Vaccine operations Central Provinces 1886-1899 - 1886-1899
Year: 1886
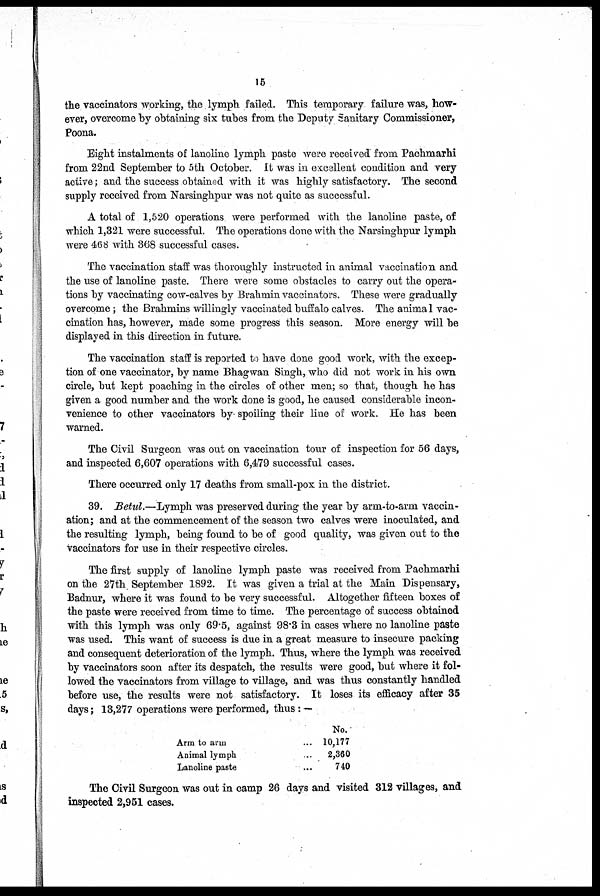
15
the vaccinators working, the lymph failed. This temporary failure was, how-
ever, overcome by obtaining six tubes from the Deputy Sanitary Commissioner,
Poona.
Eight instalments of lanoline lymph paste were received from Pachmarhi
from 22nd September to 5th October. It was in excellent condition and very
active; and the success obtained with it was highly satisfactory. The second
supply received from Narsinghpur was not quite as successful.
A total of 1,520 operations were performed with the lanoline paste, of
which 1,321 were successful. The operations done with the Narsinghpur lymph
were 468 with 368 successful cases.
The vaccination staff was thoroughly instructed in animal vaccination and
the use of lanoline paste. There were some obstacles to carry out the opera-
tions by vaccinating cow-calves by Brahmin vaccinators. These were gradually
overcome; the Brahmins willingly vaccinated buffalo calves. The animal vac-
cination has, however, made some progress this season. More energy will be
displayed in this direction in future.
The vaccination staff is reported to have done good work, with the excep-
tion of one vaccinator, by name Bhagwan Singh, who did not work in his own
circle, but kept poaching in the circles of other men; so that, though he has
given a good number and the work done is good, he caused considerable incon-
venience to other vaccinators by spoiling their line of work. He has been
warned.
The Civil Surgeon was out on vaccination tour of inspection for 56 days,
and inspected 6,607 operations with 6,479 successful cases.
There occurred only 17 deaths from small-pox in the district.
39. Betul.—Lymph was preserved during the year by arm-to-arm vaccin-
ation; and at the commencement of the season two calves were inoculated, and
the resulting lymph, being found to be of good quality, was given out to the
vaccinators for use in their respective circles.
The first supply of lanoline lymph paste was received from Pachmarhi
on the 27th September 1892. It was given a trial at the Main Dispensary,
Badnur, where it was found to be very successful. Altogether fifteen boxes of
the paste were received from time to time. The percentage of success obtained
with this lymph was only 69.5, against 98.3 in cases where no lanoline paste
was used. This want of success is due in a great measure to insecure packing
and consequent deterioration of the lymph. Thus, where the lymph was received
by vaccinators soon after its despatch, the results were good, but where it fol-
lowed the vaccinators from village to village, and was thus constantly handled
before use, the results were not satisfactory. It loses its efficacy after 35
days; 13,277 operations were performed, thus: —
Arm to arm ...
Animal lymph ...
Lanoline paste ...
No.
10,177
2,360
740
The Civil Surgeon was out in camp 26 days and visited 312 villages, and
inspected 2,951 cases.